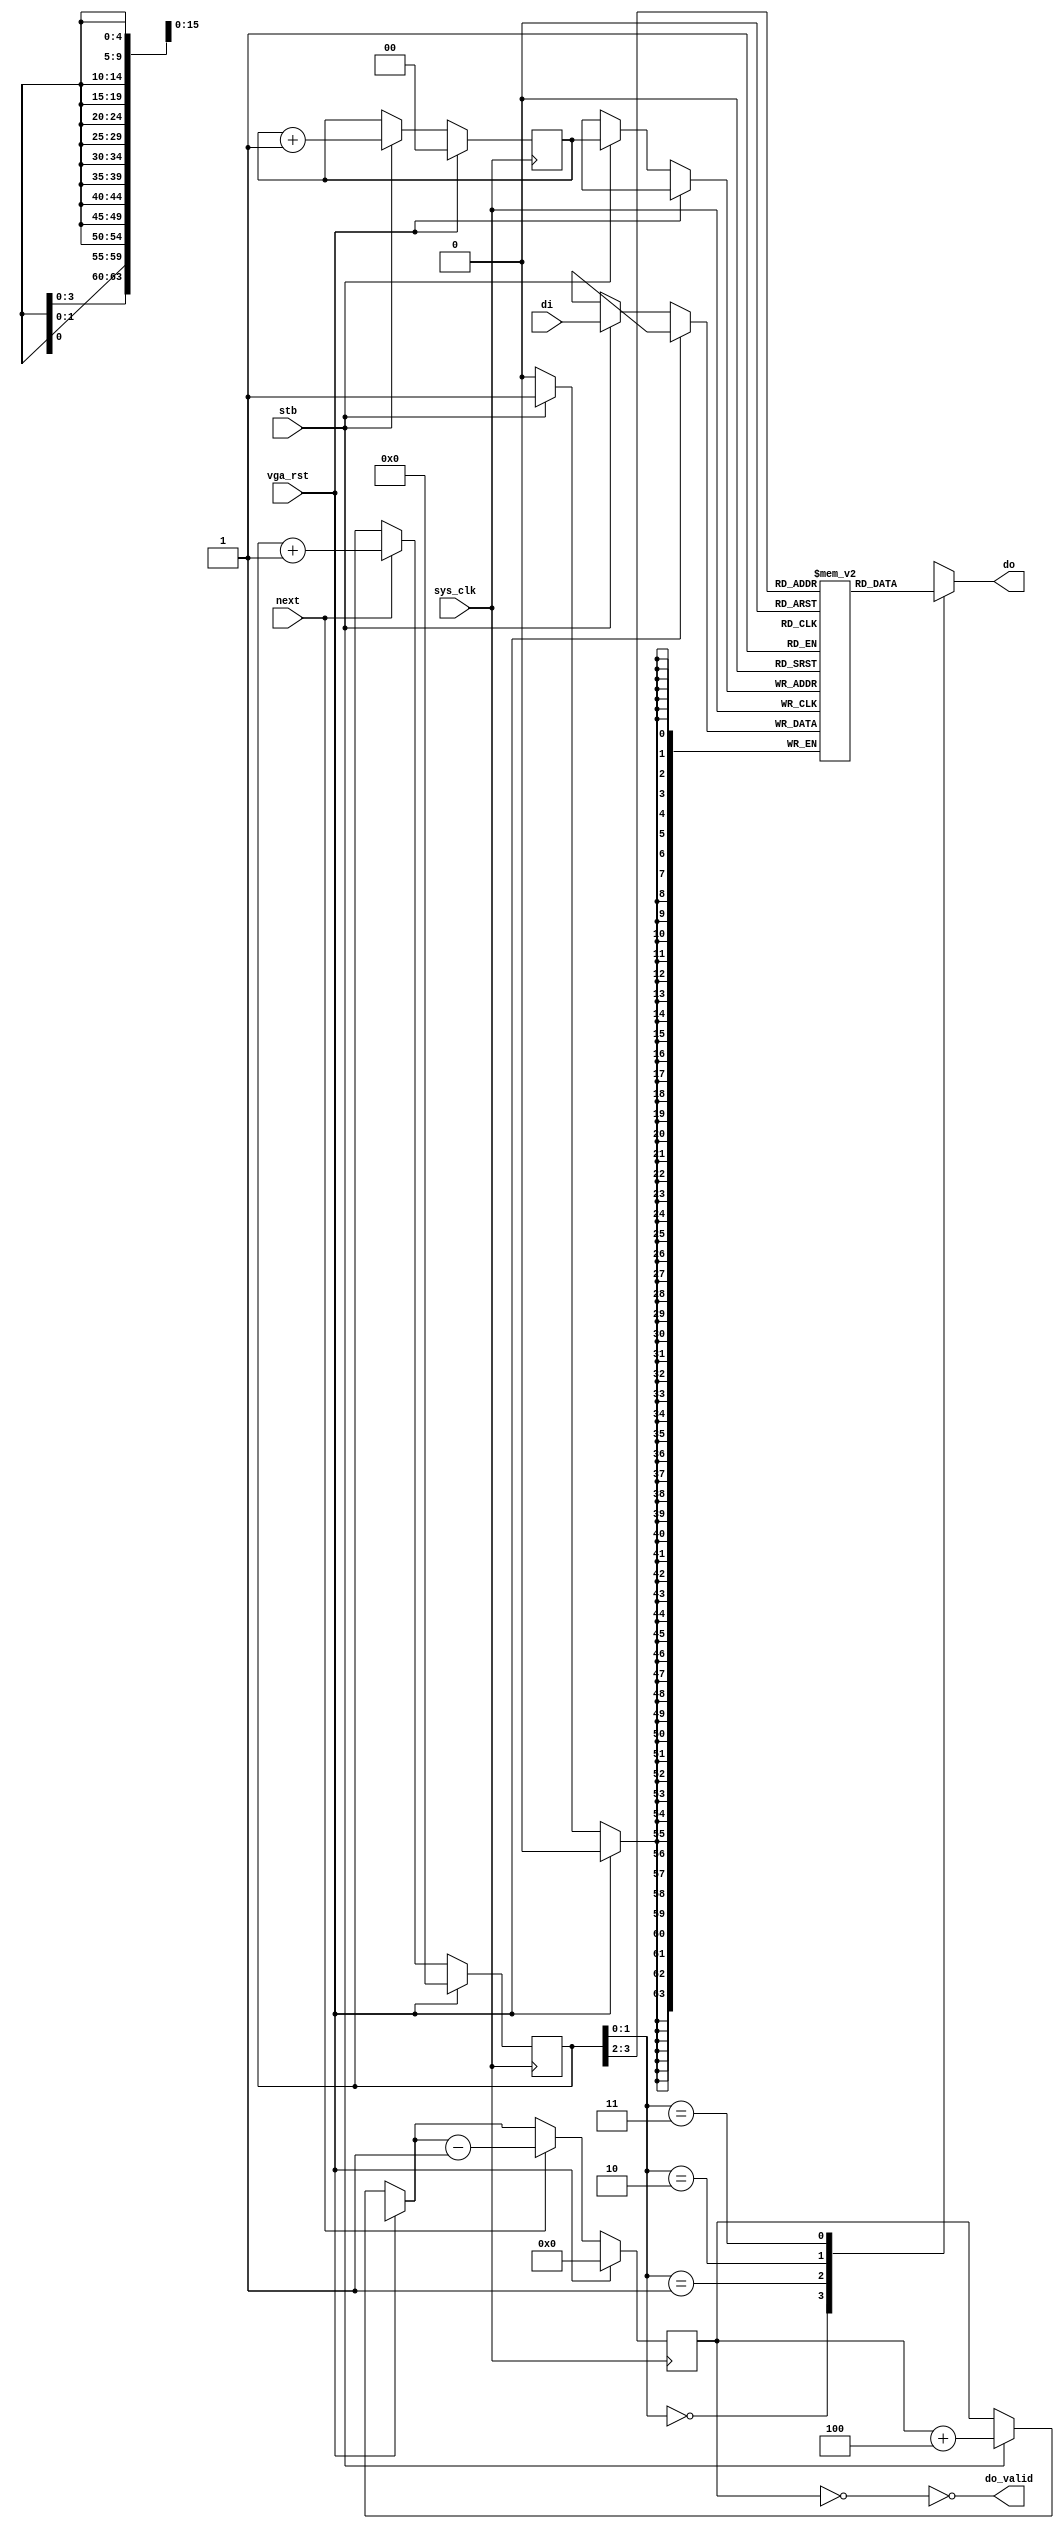
module vgafb_fifo64to16(
	input sys_clk,
	input vga_rst,
	
	input stb,
	input [63:0] di,
	
	output do_valid,
	output reg [15:0] do,
	input next /* should only be asserted when do_valid = 1 */
);

/*
 * FIFO can hold 4 64-bit words
 * that is 16 16-bit words.
 */

reg [63:0] storage[0:3];
reg [1:0] produce; /* in 64-bit words */
reg [3:0] consume; /* in 16-bit words */
/*
 * 16-bit words stored in the FIFO, 0-16 (17 possible values)
 */
reg [4:0] level;

wire [63:0] do64;
assign do64 = storage[consume[3:2]];

always @(*) begin
	case(consume[1:0])
		2'd0: do <= do64[63:48];
		2'd1: do <= do64[47:32];
		2'd2: do <= do64[31:16];
		2'd3: do <= do64[15:0];
	endcase
end

always @(posedge sys_clk) begin
	if(vga_rst) begin
		produce = 2'd0;
		consume = 4'd0;
		level = 5'd0;
	end else begin
		if(stb) begin
			storage[produce] = di;
			produce = produce + 2'd1;
			level = level + 5'd4;
		end
		if(next) begin /* next should only be asserted when do_valid = 1 */
			consume = consume + 4'd1;
			level = level - 5'd1;
		end
	end
end

assign do_valid = ~(level == 5'd0);

endmodule